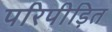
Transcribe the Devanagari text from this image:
परिपीड़ित